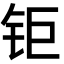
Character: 钜